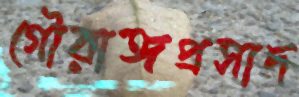
গৌরাঙ্গপ্রসাদ